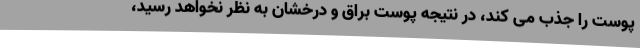
پوست را جذب می کند، در نتیجه پوست براق و درخشان به نظر نخواهد رسید،